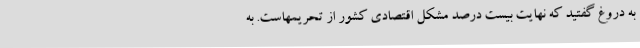
به دروغ گفتید که نهایت بیست درصد مشکل اقتصادی کشور از تحریمهاست. به